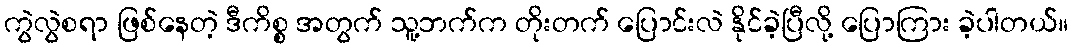
ကွဲလွဲစရာ ဖြစ်နေတဲ့ ဒီကိစ္စ အတွက် သူ့ဘက်က တိုးတက် ပြောင်းလဲ နိုင်ခဲ့ပြီလို့ ပြောကြား ခဲ့ပါတယ်။